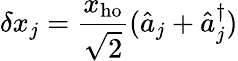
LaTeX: \delta x_{j}=\frac{x_{\mathrm{ho}}}{\sqrt{2}}(\hat{a}_{j}+\hat{a}_{j}^{\dagger})